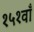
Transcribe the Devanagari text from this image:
१५१वाँ